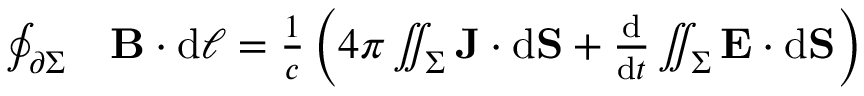
{ \begin{array} { r l } { \oint _ { \partial \Sigma } } & { \mathbf { B } \cdot \mathrm { d } { \boldsymbol { \ell } } = { \frac { 1 } { c } } \left( 4 \pi \iint _ { \Sigma } \mathbf { J } \cdot \mathrm { d } \mathbf { S } + { \frac { \mathrel { \mathrm { d } } } { \mathrm { d } t } } \iint _ { \Sigma } \mathbf { E } \cdot \mathrm { d } \mathbf { S } \right) } \end{array} }